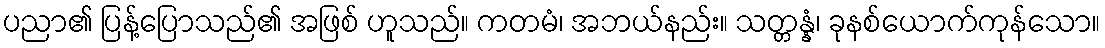
ပညာ၏ ပြန့်ပြောသည်၏ အဖြစ် ဟူသည်။ ကတမံ၊ အဘယ်နည်း။ သတ္တန္နံ၊ ခုနစ်ယောက်ကုန်သော။